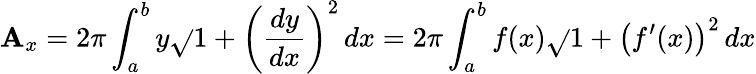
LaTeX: \mathbf{A}_{x}=2\pi\int_{a}^{b}y{\sqrt{}{{1+\left({\frac{{dy}}{{dx}}}\right)^{2}}}}\, dx=2\pi\int_{a}^{b}f(x){\sqrt{}{{1+{\big(}f^{\prime}(x){\big)}^{2}}}}\, dx